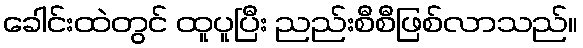
ခေါင်းထဲတွင် ထူပူပြီး ညည်းစီစီဖြစ်လာသည်။